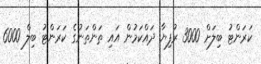
ކަރަންޓު ބިލަށް 3000 ރުފިޔާ ދައްކަމުން އައި ތަންތަނުގެ ކަރަންޓު ބިލް 6000